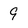
Character: 9